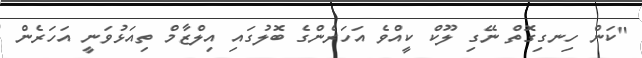
"ކަން ހިނގިގޮތް ނޭގި ލޫކް ކީއްވެ އަހަރެންގެ ބޮލުގައި އިލްޒާމް ތިއަޅުވަނީ އަހަރެން